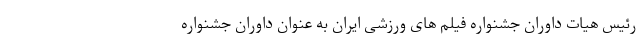
رئیس هیات داوران جشنواره فیلم های ورزشی ایران به عنوان داوران جشنواره